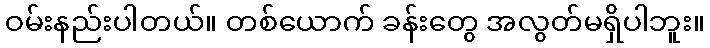
ဝမ်းနည်းပါတယ်။ တစ်ယောက် ခန်းတွေ အလွတ်မရှိပါဘူး။